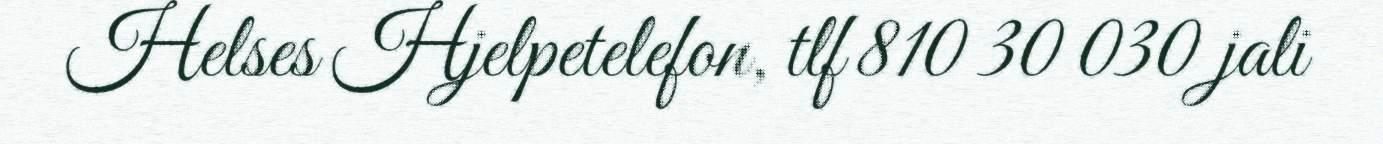
Helses Hjelpetelefon, tlf 810 30 030 jali